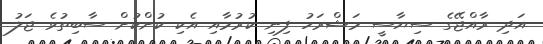
އަދި ރާއްޖޭގެ ސިޔާސީ މަޝްރަހު ފިނި ކުރުމާއި އެކި ކުށްކުށް ސާބިތުވެ ޖަލު